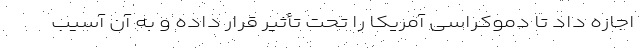
اجازه داد تا دموکراسی آمریکا را تحت تأثیر قرار داده و به آن آسیب